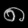
Digit: ၈